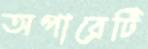
অপারের্টি